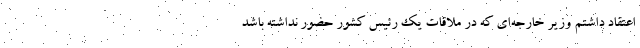
اعتقاد داشتم وزیر خارجه‌ای که در ملاقات یک رئیس کشور حضور نداشته باشد